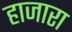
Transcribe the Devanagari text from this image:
हाजारा